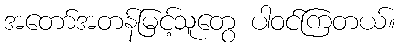
အတော်အတန်မြင့်သူတွေ ပါဝင်ကြတယ်။